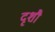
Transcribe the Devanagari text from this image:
दृशौ